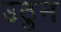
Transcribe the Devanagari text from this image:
उठुन